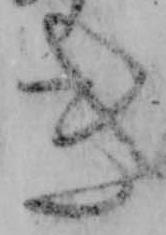
き